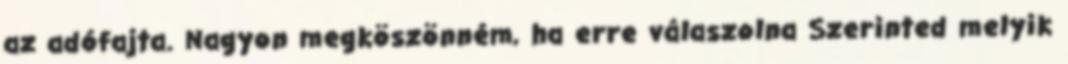
az adófajta. Nagyon megköszönném, ha erre válaszolna Szerinted melyik